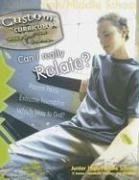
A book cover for Can I Really Relate? (Custom Curriculum); Darrell Pearson; Christian Books & Bibles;